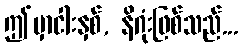
ဤမှာငါးနှစ်, နိဂုံးဖြစ်သည်...